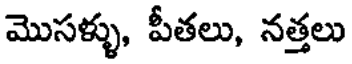
మొసళ్ళు, పీతలు, నత్తలు